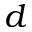
\displaystyle d